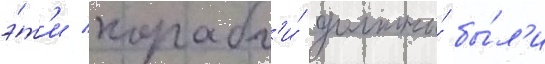
э́т'и корабл'и́ должны́ бы́л'и